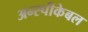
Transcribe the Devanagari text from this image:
अन्स्पीकेबल